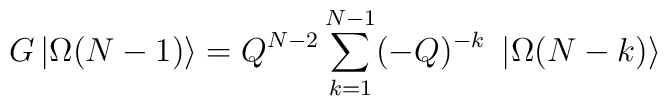
G\left| \Omega (N-1)\right\rangle =Q^{N-2}\sum_{k=1}^{N-1}(-Q)^{-k}\ \left|\Omega (N-k)\right\rangle